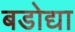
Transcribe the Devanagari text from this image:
बडोद्या